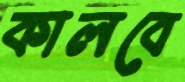
কালবে